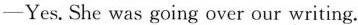
-Yes. She was going over our writing.